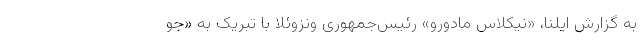
به گزارش ایلنا، «نیکلاس مادورو» رئیس‌جمهوری ونزوئلا با تبریک به «جو